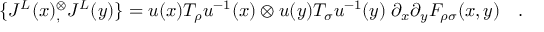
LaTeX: \{ J ^ { L } ( x ) { } _ { , } ^ { \otimes } J ^ { L } ( y ) \} = u ( x ) T _ { \rho } u ^ { - 1 } ( x ) \otimes u ( y ) T _ { \sigma } u ^ { - 1 } ( y ) \; \partial _ { x } \partial _ { y } { \cal F } _ { \rho \sigma } ( x , y ) \quad .